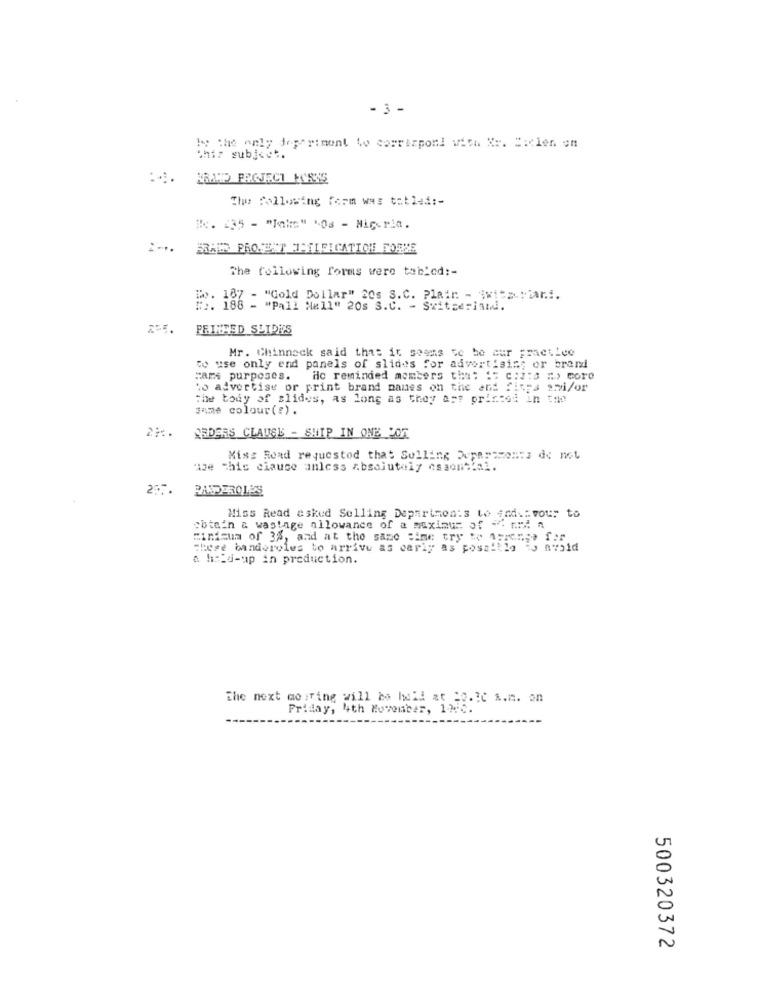
- 3 -
Is the only department wo corrispon! vith X =. =: clen on
this subject.
KRAMP PROJECT IS845
The following Form was totled :-
#. 235 - "Take" "Os - Nigeria.
FRAIS PROJECT OPILFICATION FORZE
The following forms were tablod :-
[. 187 - "Cold Dollar" 20s S.C. Plain - $witz-Fiar.i.
# ::. 186 - "Pall Mall" 20s S.C. - Switzerland.
PRINTED SLIDES
Mr. Chinneck said that it seems to be cur practice
to use only end panels of slides for advertising or brand
Fars purposes. He reminded momters that "= c:2:3 "> more
to advertise or print brand names on the and fitps ami/or
the body of slides, as long as they are printed in the
same colour( !) .
ORDERS CLAUSE - SHIP IN ONE JOR
Miss Road requested that Solling Departments do not
e chic ciauce anless absolutely essential.
257.
BANDEROLES
Miss Read asked Selling Departments to ind .: vou? to
obtain & wastage allowance of a maximus of - and
Finisua of 3%, and at the same time try to 1:20557 f
Those banderoles to arrive as early as posaitlg
a hold-up in production.
the next moring will be held at So.3C &.m. on
Friday, 4th November, 12.0.
U
N
500320372